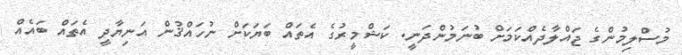
މުސްލިމުންގެ ޖައްލާދެއްކަމަށް ބުނަމުންދަނީ. ކަޝްމީރުގެ އެތައް ބަޔަކަށް ނުހައްޤުން އަނިޔާދީ އެތައް ބައެއް